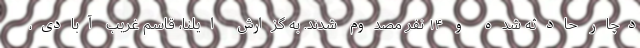
دچار حادثه شده و ۱۴ نفر مصدوم شدند. به گزارش ایلنا، قاسم غریب آبادی،